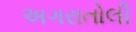
અગરાતોલી